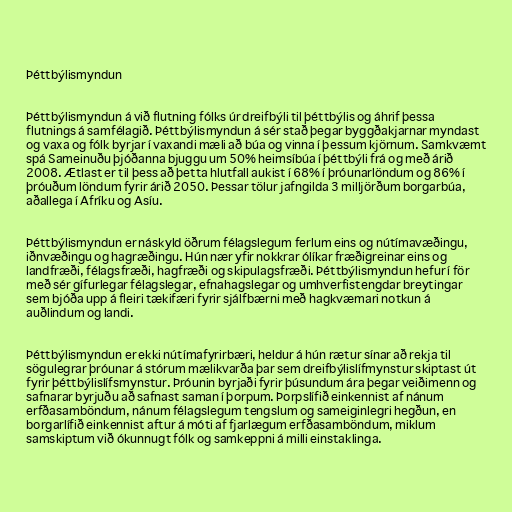
Þéttbýlismyndun

Þéttbýlismyndun á við flutning fólks úr dreifbýli til þéttbýlis og áhrif þessa
flutnings á samfélagið. Þéttbýlismyndun á sér stað þegar byggðakjarnar myndast
og vaxa og fólk byrjar í vaxandi mæli að búa og vinna í þessum kjörnum. Samkvæmt
spá Sameinuðu þjóðanna bjuggu um 50% heimsíbúa í þéttbýli frá og með árið
2008. Ætlast er til þess að þetta hlutfall aukist í 68% í þróunarlöndum og 86% í
þróuðum löndum fyrir árið 2050. Þessar tölur jafngilda 3 milljörðum borgarbúa,
aðallega í Afríku og Asíu.

Þéttbýlismyndun er náskyld öðrum félagslegum ferlum eins og nútímavæðingu,
iðnvæðingu og hagræðingu. Hún nær yfir nokkrar ólíkar fræðigreinar eins og
landfræði, félagsfræði, hagfræði og skipulagsfræði. Þéttbýlismyndun hefur í för
með sér gífurlegar félagslegar, efnahagslegar og umhverfistengdar breytingar
sem bjóða upp á fleiri tækifæri fyrir sjálfbærni með hagkvæmari notkun á
auðlindum og landi.

Þéttbýlismyndun er ekki nútímafyrirbæri, heldur á hún rætur sínar að rekja til
sögulegrar þróunar á stórum mælikvarða þar sem dreifbýlislífmynstur skiptast út
fyrir þéttbýlislífsmynstur. Þróunin byrjaði fyrir þúsundum ára þegar veiðimenn og
safnarar byrjuðu að safnast saman í þorpum. Þorpslífið einkennist af nánum
erfðasamböndum, nánum félagslegum tengslum og sameiginlegri hegðun, en
borgarlífið einkennist aftur á móti af fjarlægum erfðasamböndum, miklum
samskiptum við ókunnugt fólk og samkeppni á milli einstaklinga.